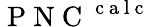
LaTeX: \mathrm{~P~N~C~}^{\mathrm{~c~a~l~c~}}